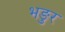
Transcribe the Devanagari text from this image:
भङुर